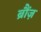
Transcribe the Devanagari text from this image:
ब्रौंज़